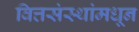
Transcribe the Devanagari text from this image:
वित्तसंस्थांमधून